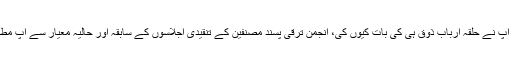
صاحب، آپ نے حلقۂ اربابِ ذوق ہی کی بات کیوں کی، انجمن ترقی پسند مصنفین کے تنقیدی اجلاسوں کے سابقہ اور حالیہ معیار سے آپ مطمئن ہیں؟